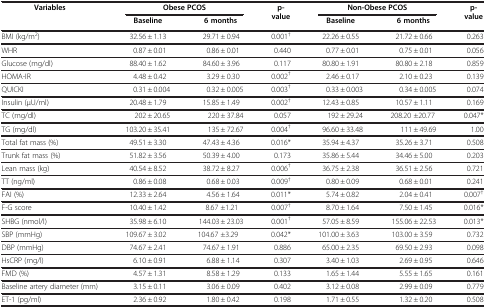
<table><thead><tr><td><b>Variables</b></td><td colspan="2"><b>Obese PCOS</b></td><td><b>p-value</b></td><td colspan="2"><b>Non-Obese PCOS</b></td><td><b>p-value</b></td></tr><tr><td><b> </b></td><td><b>Baseline</b></td><td><b>6 months</b></td><td><b> </b></td><td><b>Baseline</b></td><td><b>6 months</b></td><td><b> </b></td></tr></thead><tbody><tr><td>BMI (kg/m<sup>2</sup>)</td><td>32.56 ± 1.13</td><td>29.71 ± 0.94</td><td>0.001<sup>†</sup></td><td>22.26 ± 0.55</td><td>21.72 ± 0.66</td><td>0.263</td></tr><tr><td>WHR</td><td>0.87 ± 0.01</td><td>0.86 ± 0.01</td><td>0.440</td><td>0.77 ± 0.01</td><td>0.75 ± 0.01</td><td>0.056</td></tr><tr><td>Glucose (mg/dl)</td><td>88.40 ± 1.62</td><td>84.60 ± 3.96</td><td>0.117</td><td>80.80 ± 1.91</td><td>80.80 ± 2.18</td><td>0.859</td></tr><tr><td>HOMA-IR</td><td>4.48 ± 0.42</td><td>3.29 ± 0.30</td><td>0.002<sup>†</sup></td><td>2.46 ± 0.17</td><td>2.10 ± 0.23</td><td>0.139</td></tr><tr><td>QUICKI</td><td>0.31 ± 0.004</td><td>0.32 ± 0.005</td><td>0.003<sup>†</sup></td><td>0.33 ± 0.003</td><td>0.34 ± 0.005</td><td>0.074</td></tr><tr><td>Insulin (μU/ml)</td><td>20.48 ± 1.79</td><td>15.85 ± 1.49</td><td>0.002<sup>†</sup></td><td>12.43 ± 0.85</td><td>10.57 ± 1.11</td><td>0.169</td></tr><tr><td>TC (mg/dl)</td><td>202 ± 20.65</td><td>220 ± 37.84</td><td>0.057</td><td>192 ± 29.24</td><td>208.20 ±20.77</td><td>0.047*</td></tr><tr><td>TG (mg/dl)</td><td>103.20 ± 35.41</td><td>135 ± 72.67</td><td>0.004<sup>†</sup></td><td>96.60 ± 33.48</td><td>111 ± 49.69</td><td>1.00</td></tr><tr><td>Total fat mass (%)</td><td>49.51 ± 3.30</td><td>47.43 ± 4.36</td><td>0.016*</td><td>35.94 ± 4.37</td><td>35.26 ± 3.71</td><td>0.508</td></tr><tr><td>Trunk fat mass (%)</td><td>51.82 ± 3.56</td><td>50.39 ± 4.00</td><td>0.173</td><td>35.86 ± 5.44</td><td>34.46 ± 5.00</td><td>0.203</td></tr><tr><td>Lean mass (kg)</td><td>40.54 ± 8.52</td><td>38.72 ± 8.27</td><td>0.006<sup>†</sup></td><td>36.75 ± 2.38</td><td>36.51 ± 2.56</td><td>0.721</td></tr><tr><td>TT (ng/ml)</td><td>0.86 ± 0.08</td><td>0.68 ± 0.03</td><td>0.009<sup>†</sup></td><td>0.80 ± 0.09</td><td>0.68 ± 0.01</td><td>0.241</td></tr><tr><td>FAI (%)</td><td>12.33 ± 2.64</td><td>4.56 ± 1.64</td><td>0.011*</td><td>5.74 ± 0.82</td><td>2.04 ± 0.41</td><td>0.007<sup>†</sup></td></tr><tr><td>F-G score</td><td>10.40 ± 1.42</td><td>8.67 ±1.21</td><td>0.007<sup>†</sup></td><td>8.70 ± 1.64</td><td>7.50 ± 1.45</td><td>0.016*</td></tr><tr><td>SHBG (nmol/l)</td><td>35.98 ± 6.10</td><td>144.03 ± 23.03</td><td>0.001<sup>†</sup></td><td>57.05 ± 8.59</td><td>155.06 ± 22.53</td><td>0.013*</td></tr><tr><td>SBP (mmHg)</td><td>109.67 ± 3.02</td><td>104.67 ±3.29</td><td>0.042*</td><td>101.00 ± 3.63</td><td>103.00 ± 3.59</td><td>0.732</td></tr><tr><td>DBP (mmHg)</td><td>74.67 ± 2.41</td><td>74.67 ± 1.91</td><td>0.886</td><td>65.00 ± 2.35</td><td>69.50 ± 2.93</td><td>0.098</td></tr><tr><td>HsCRP (mg/l)</td><td>6.10 ± 0.91</td><td>6.88 ± 1.14</td><td>0.307</td><td>3.40 ± 1.03</td><td>2.69 ± 0.95</td><td>0.646</td></tr><tr><td>FMD (%)</td><td>4.57 ± 1.31</td><td>8.58 ± 1.29</td><td>0.133</td><td>1.65 ± 1.44</td><td>5.55 ± 1.65</td><td>0.161</td></tr><tr><td>Baseline artery diameter (mm)</td><td>3.15 ± 0.11</td><td>3.06 ± 0.09</td><td>0.402</td><td>3.12 ± 0.08</td><td>2.99 ± 0.09</td><td>0.779</td></tr><tr><td>ET-1 (pg/ml)</td><td>2.36 ± 0.92</td><td>1.80 ± 0.42</td><td>0.198</td><td>1.71 ± 0.55</td><td>1.32 ± 0.20</td><td>0.508</td></tr></tbody></table>